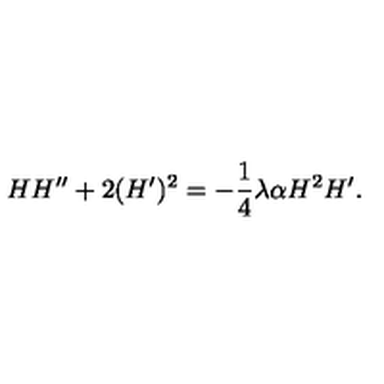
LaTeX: H H ^ { \prime \prime } + 2 ( H ^ { \prime } ) ^ { 2 } = - \frac { 1 } { 4 } \lambda \alpha H ^ { 2 } H ^ { \prime } .